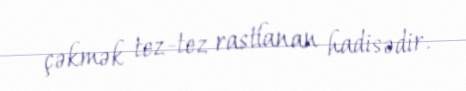
çəkmək tez-tez rastlanan hadisədir.